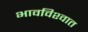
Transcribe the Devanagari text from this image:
भावविश्‍वात